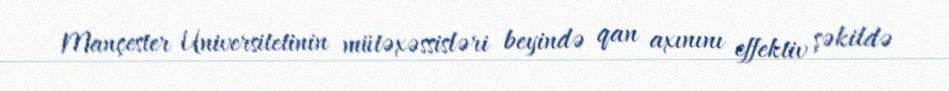
Mançester Universitetinin mütəxəssisləri beyində qan axınını effektiv şəkildə